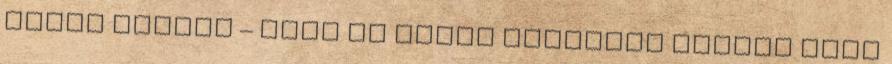
alatt Normál – alsó és felső határnap között HBCs